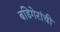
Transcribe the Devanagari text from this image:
बडिगेरांची